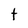
Character: t